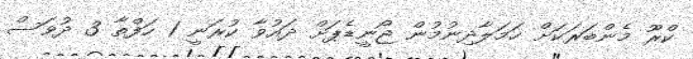
ކްރޫ މެންބަރަކަށް ހަމަލާދިނުމުން ޖޯނީޑެޕަށް ދައުވާ ކުރަނީ 1 ހަފްތާ 3 ދުވަސް